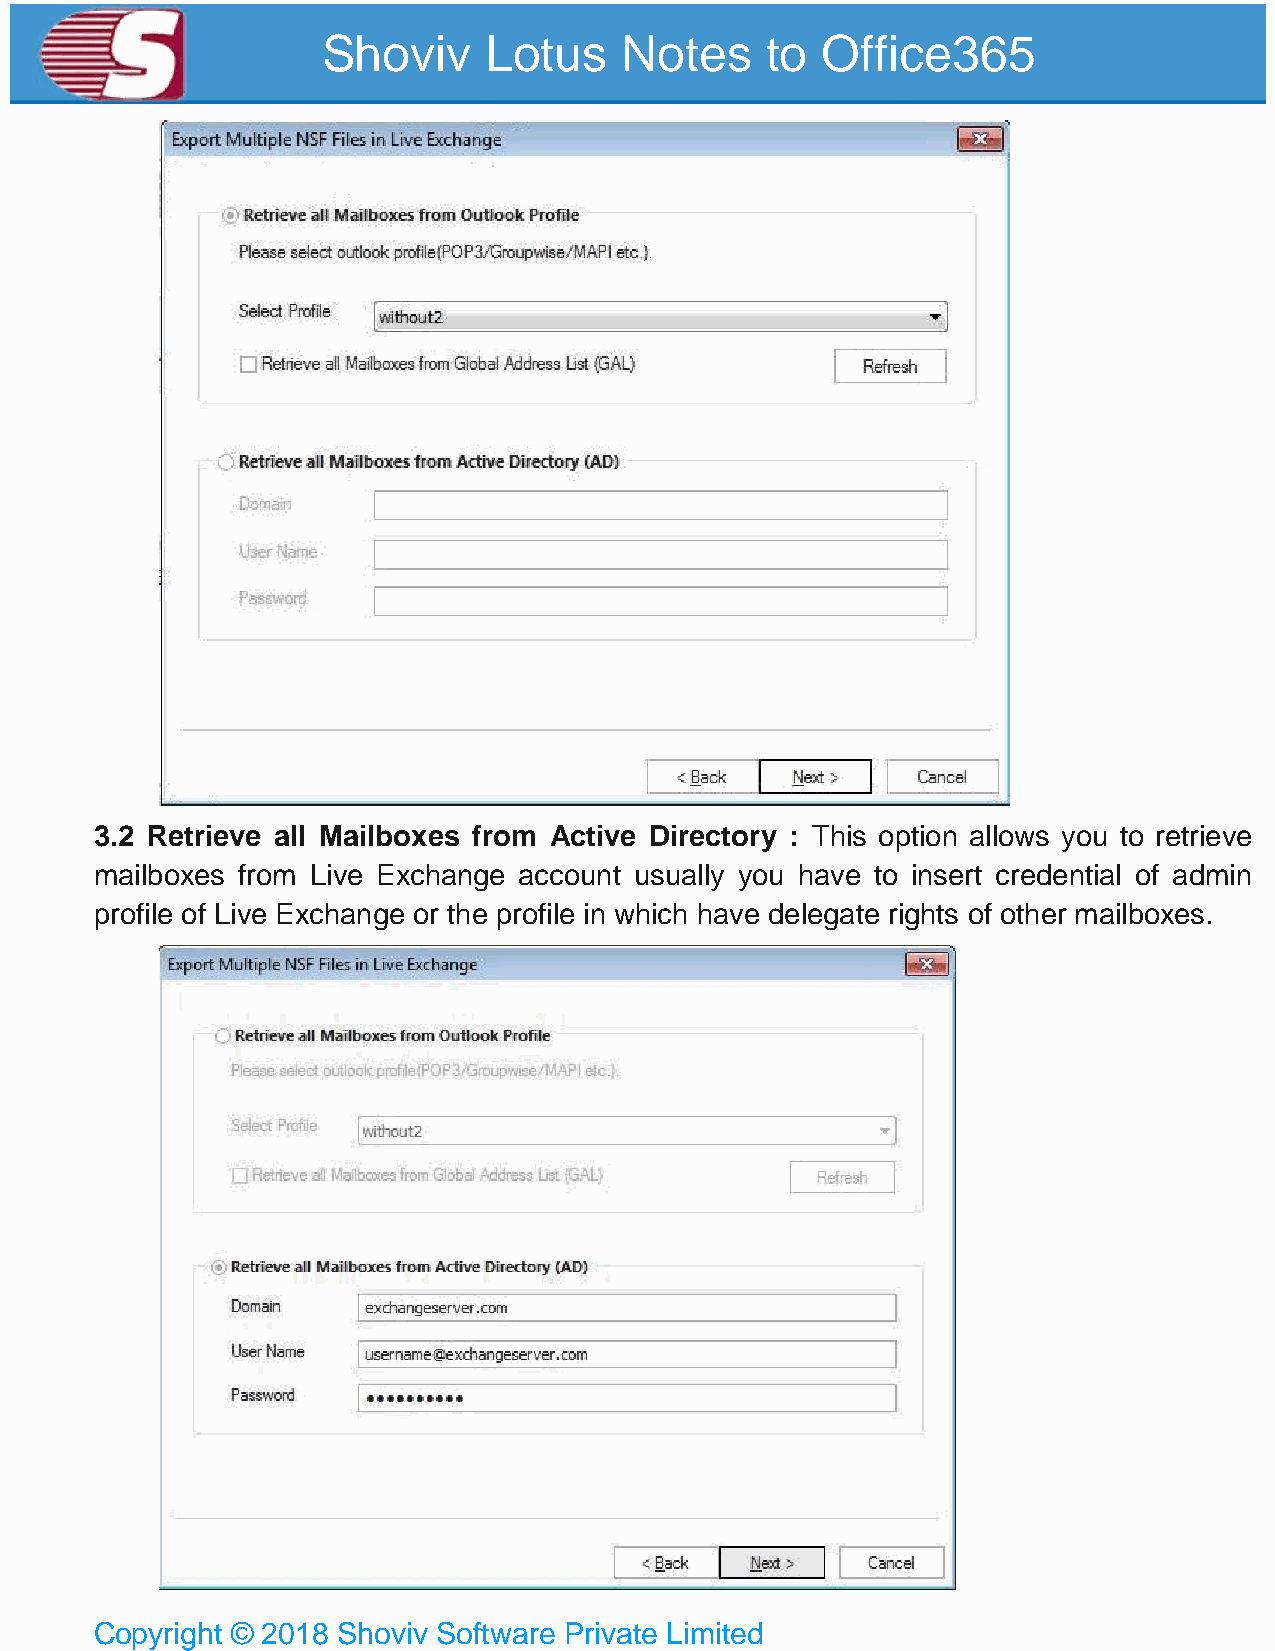
Shoviv     Lotus    Notes     to Office365
 3.2 Retrieve all Mailboxes from Active Directory : This option allows you to retrieve
 mailboxes from Live Exchange account usually you have to insert credential of admin
 profile of Live Exchange or the profile in which have delegate rights of other mailboxes.
 Copyright © 2018 Shoviv Software Private Limited